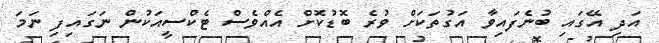
އަދި އޭގައި ބުނެފައިވާ އަގުތަކަށް ވުރެ ބޮޑުކޮށް އެއްވެސް ޓެކްސީއަކުން ނަގައިފި ނަމަ